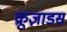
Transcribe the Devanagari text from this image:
क्रूज़ाडस